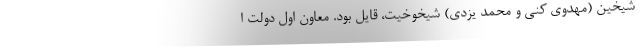
شیخین (مهدوی کنی و محمد یزدی) شیخوخیت، قایل بود. معاون اول دولت ا